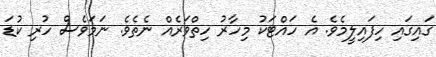
ގައިގައި ހިފައިލީމެވެ. އެ ހައްޓަކު މިހާރު ހިތްވަރެއް ނެތެވެ. ނަމަވެސް ހުރި ކުޑަ